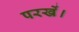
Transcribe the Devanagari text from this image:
परखें।